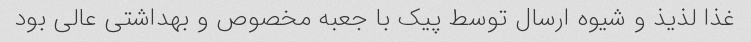
غذا لذیذ و شیوه ارسال توسط پیک با جعبه مخصوص و بهداشتی عالی بود